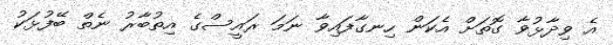
އެ ވިދާޅުވާ ގޮތަށް އެކަން ހިނގާފައިވާ ނަމަ ރައީސްގެ އިތުބާރު ނެތް ބޭފުޅަކު